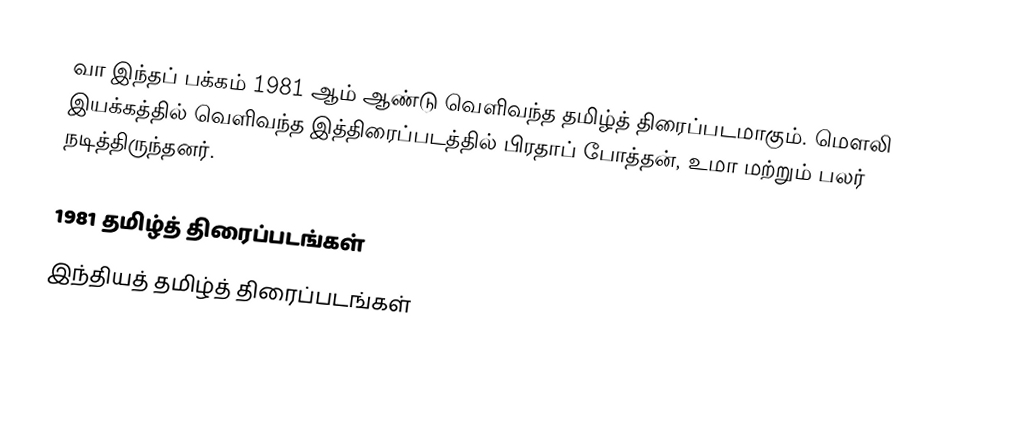
வா இந்தப் பக்கம் 1981 ஆம் ஆண்டு வெளிவந்த தமிழ்த் திரைப்படமாகும். மௌலி இயக்கத்தில் வெளிவந்த இத்திரைப்படத்தில் பிரதாப் போத்தன், உமா மற்றும் பலர் நடித்திருந்தனர்.

1981 தமிழ்த் திரைப்படங்கள்
இந்தியத் தமிழ்த் திரைப்படங்கள்